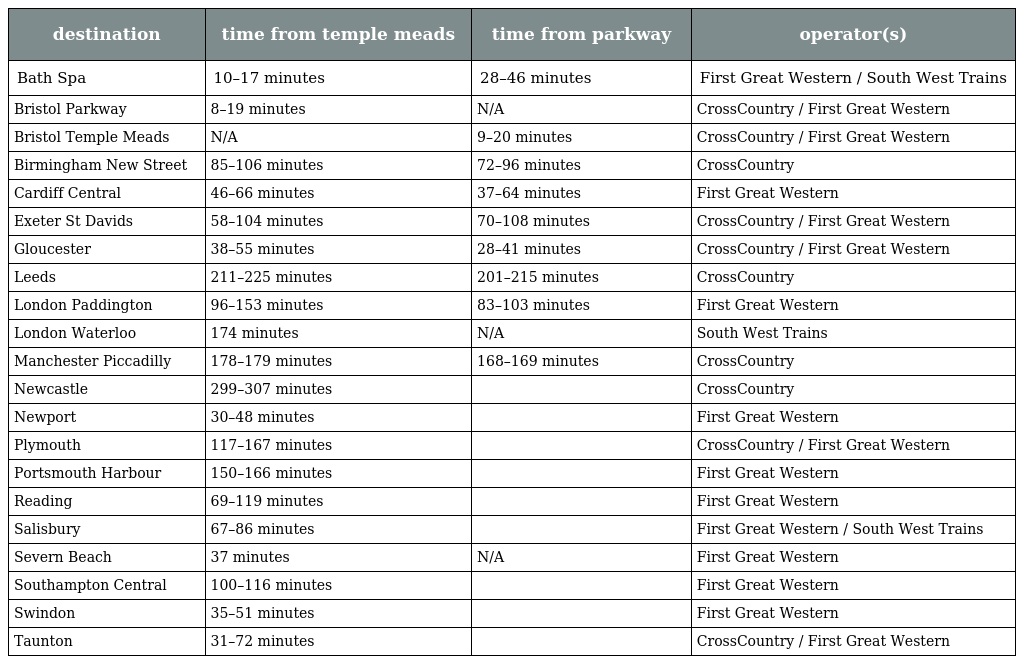
| destination | time from temple meads | time from parkway | operator(s) |
 | --- | --- | --- | --- |
 | Bath Spa | 10–17 minutes | 28–46 minutes | First Great Western / South West Trains |
 | Bristol Parkway | 8–19 minutes | N/A | CrossCountry / First Great Western |
 | Bristol Temple Meads | N/A | 9–20 minutes | CrossCountry / First Great Western |
 | Birmingham New Street | 85–106 minutes | 72–96 minutes | CrossCountry |
 | Cardiff Central | 46–66 minutes | 37–64 minutes | First Great Western |
 | Exeter St Davids | 58–104 minutes | 70–108 minutes | CrossCountry / First Great Western |
 | Gloucester | 38–55 minutes | 28–41 minutes | CrossCountry / First Great Western |
 | Leeds | 211–225 minutes | 201–215 minutes | CrossCountry |
 | London Paddington | 96–153 minutes | 83–103 minutes | First Great Western |
 | London Waterloo | 174 minutes | N/A | South West Trains |
 | Manchester Piccadilly | 178–179 minutes | 168–169 minutes | CrossCountry |
 | Newcastle | 299–307 minutes |  | CrossCountry |
 | Newport | 30–48 minutes |  | First Great Western |
 | Plymouth | 117–167 minutes |  | CrossCountry / First Great Western |
 | Portsmouth Harbour | 150–166 minutes |  | First Great Western |
 | Reading | 69–119 minutes |  | First Great Western |
 | Salisbury | 67–86 minutes |  | First Great Western / South West Trains |
 | Severn Beach | 37 minutes | N/A | First Great Western |
 | Southampton Central | 100–116 minutes |  | First Great Western |
 | Swindon | 35–51 minutes |  | First Great Western |
 | Taunton | 31–72 minutes |  | CrossCountry / First Great Western |